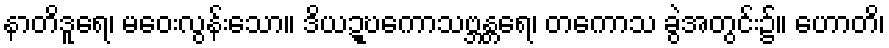
နာတိဒူရေ၊ မဝေးလွန်းသော။ ဒိယဍ္ဎကောသဗ္ဘန္တရေ၊ တကောသ ခွဲအတွင်း၌။ ဟောတိ၊